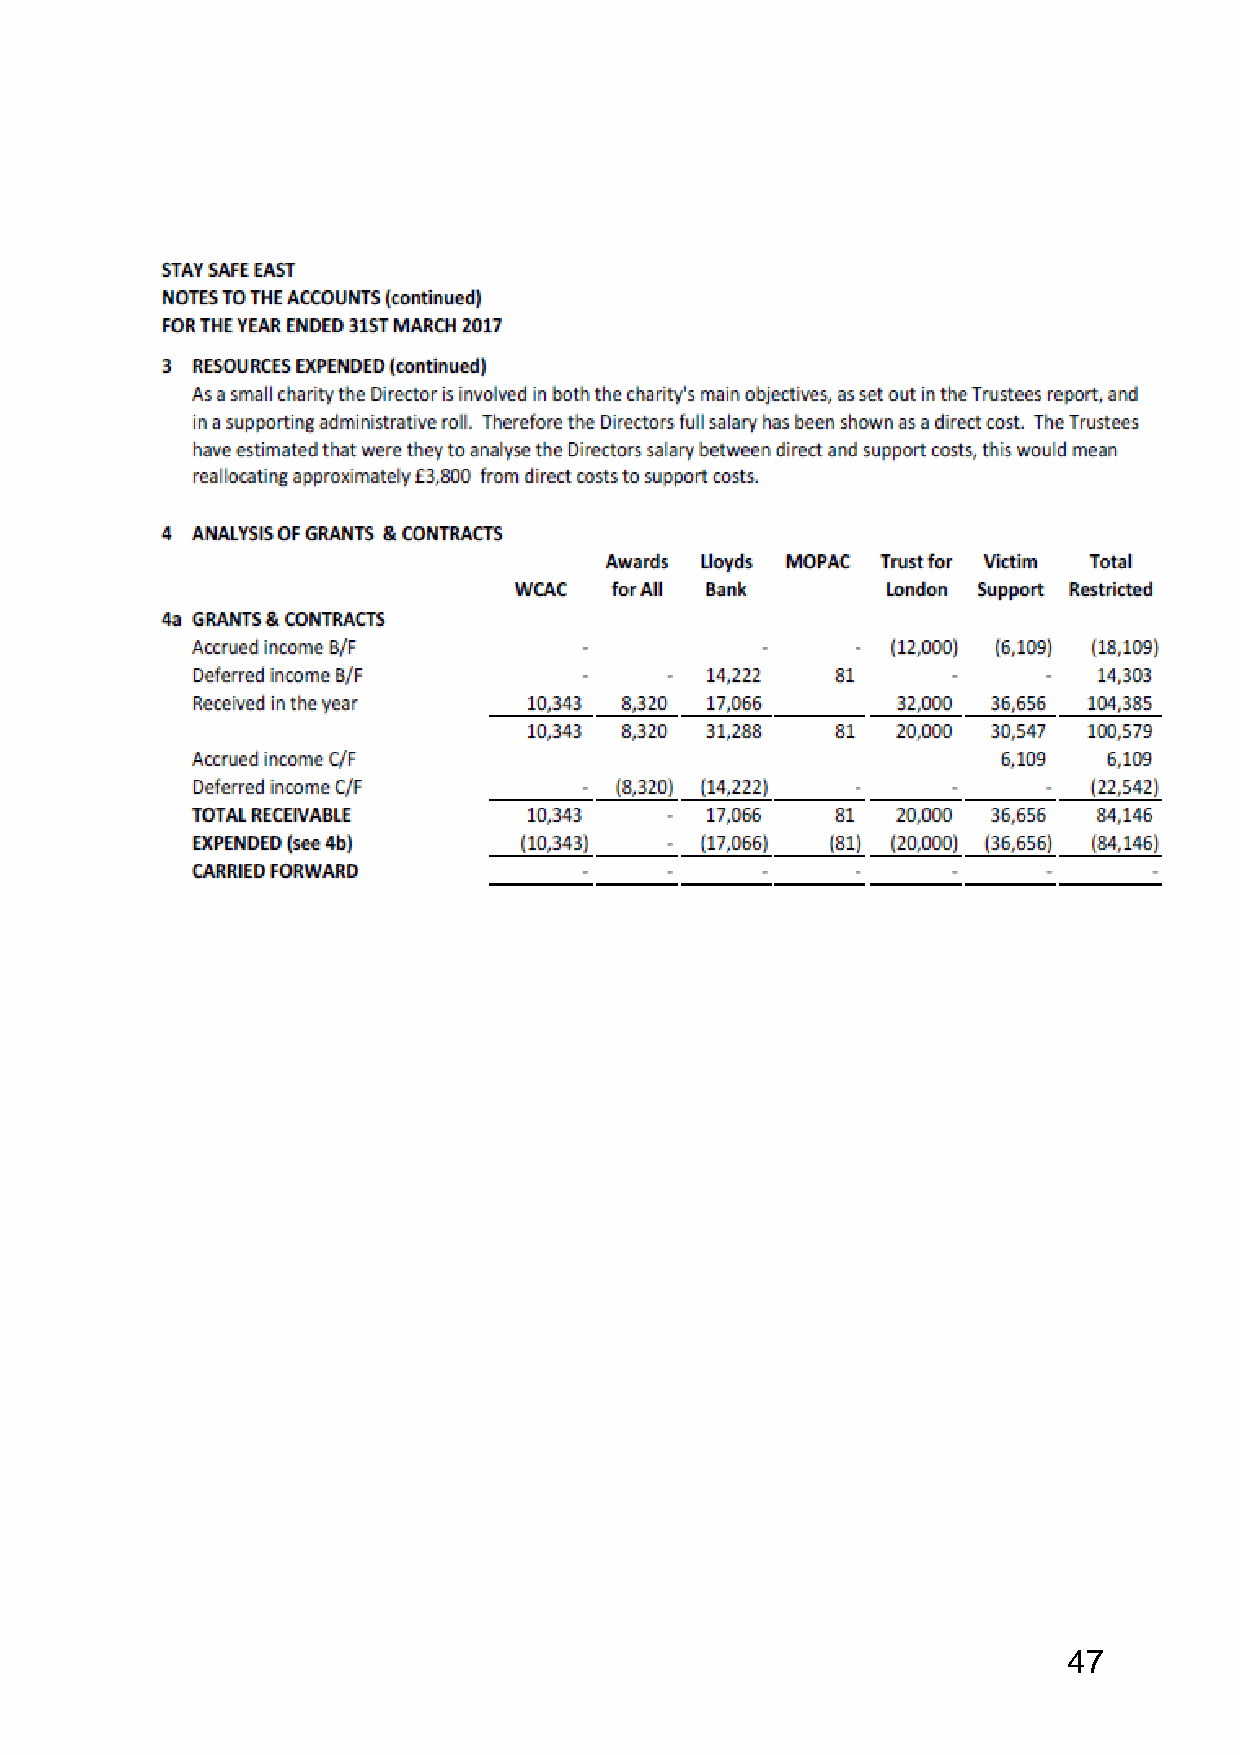
47